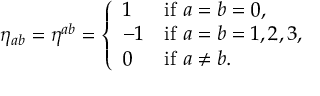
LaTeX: \eta _ { a b } = \eta ^ { a b } = { \left\{ \begin{array} { l l } { 1 } & { { \mathrm { i f ~ } } a = b = 0 , } \\ { - 1 } & { { \mathrm { i f ~ } } a = b = 1 , 2 , 3 , } \\ { 0 } & { { \mathrm { i f ~ } } a \neq b . } \end{array} \right. }